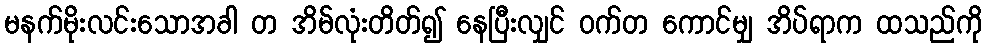
မနက်မိုးလင်းသောအခါ တ အိမ်လုံးတိတ်၍ နေပြီးလျှင် ဝက်တ ကောင်မျှ အိပ်ရာက ထသည်ကို